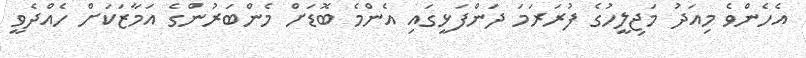
އެހެންވެ މިއަދު މަޖިލީހުގެ ފުރަރަމަ ދަންފަޅީގައި އެންމެ ބޮޑަށް މެންބަރުންގެ އަމާޒަކަށް ހެއްދެވީ